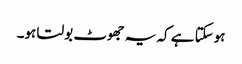
ہوسکتا ہے کہ یہ جھوٹ بولتا ہو۔